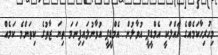
މިހުރިހާކަމެއްގެ ހައްލަކީ އެމްޑީޕީ އުވާލުން. އެމްޑީޕީ އުވާނުލައިފިނަމަ ތިޔަ ޒާތުގެ ކިތަންމެ ކަމެއް